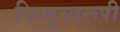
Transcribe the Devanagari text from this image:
विष्णूस्वरूपी